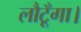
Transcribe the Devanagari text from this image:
लौटूँगा।